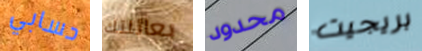
حسابي بعائلتك محدود بريجيت